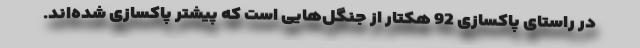
در راستای پاکسازی 92 هکتار از جنگل‌هایی است که پیشتر پاکسازی شده‌اند.